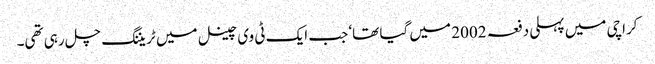
کراچی میں پہلی دفعہ 2002 میں گیا تھا‘ جب ایک ٹی وی چینل میں ٹریننگ چل رہی تھی۔